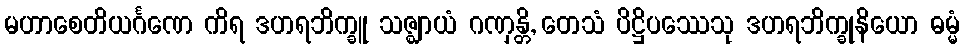
မဟာစေတိယင်္ဂဏေ ကိရ ဒဟရဘိက္ခူ သဇ္ဈာယံ ဂဏှန္တိ, တေသံ ပိဋ္ဌိပဿေသု ဒဟရဘိက္ခုနိယော ဓမ္မံ